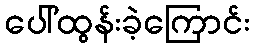
ပေါ်ထွန်းခဲ့ကြောင်း